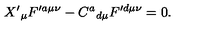
X ^ { \prime } { } _ { \mu } F ^ { \prime a \mu \nu } - C ^ { a } { } _ { d \mu } F ^ { \prime d \mu \nu } = 0 .